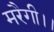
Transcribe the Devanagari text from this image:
मरैगी।।